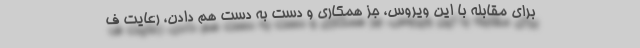
برای مقابله با این ویروس، جز همکاری و دست به دست هم دادن، رعایت ف